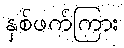
နှစ်ဖက်ကြား